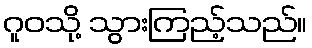
ဂူဝသို့ သွားကြည့်သည်။